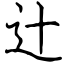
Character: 辻